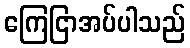
ကြေငြာအပ်ပါသည်